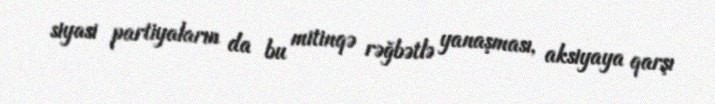
siyasi partiyaların da bu mitinqə rəğbətlə yanaşması, aksiyaya qarşı